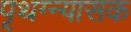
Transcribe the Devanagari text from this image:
पृथग्न्यासक